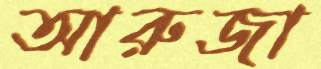
আরুজা